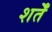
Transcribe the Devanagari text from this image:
शर्तेँ